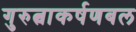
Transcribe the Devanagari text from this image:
गुरुत्वाकर्षणबल